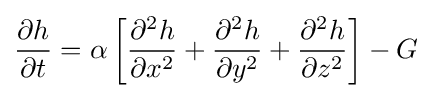
{\frac {\partial h}{\partial t}}=\alpha \left[{\frac {\partial ^{2}h}{\partial x^{2}}}+{\frac {\partial ^{2}h}{\partial y^{2}}}+{\frac {\partial ^{2}h}{\partial z^{2}}}\right]-G